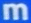
m